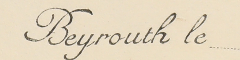
Beyrouth le